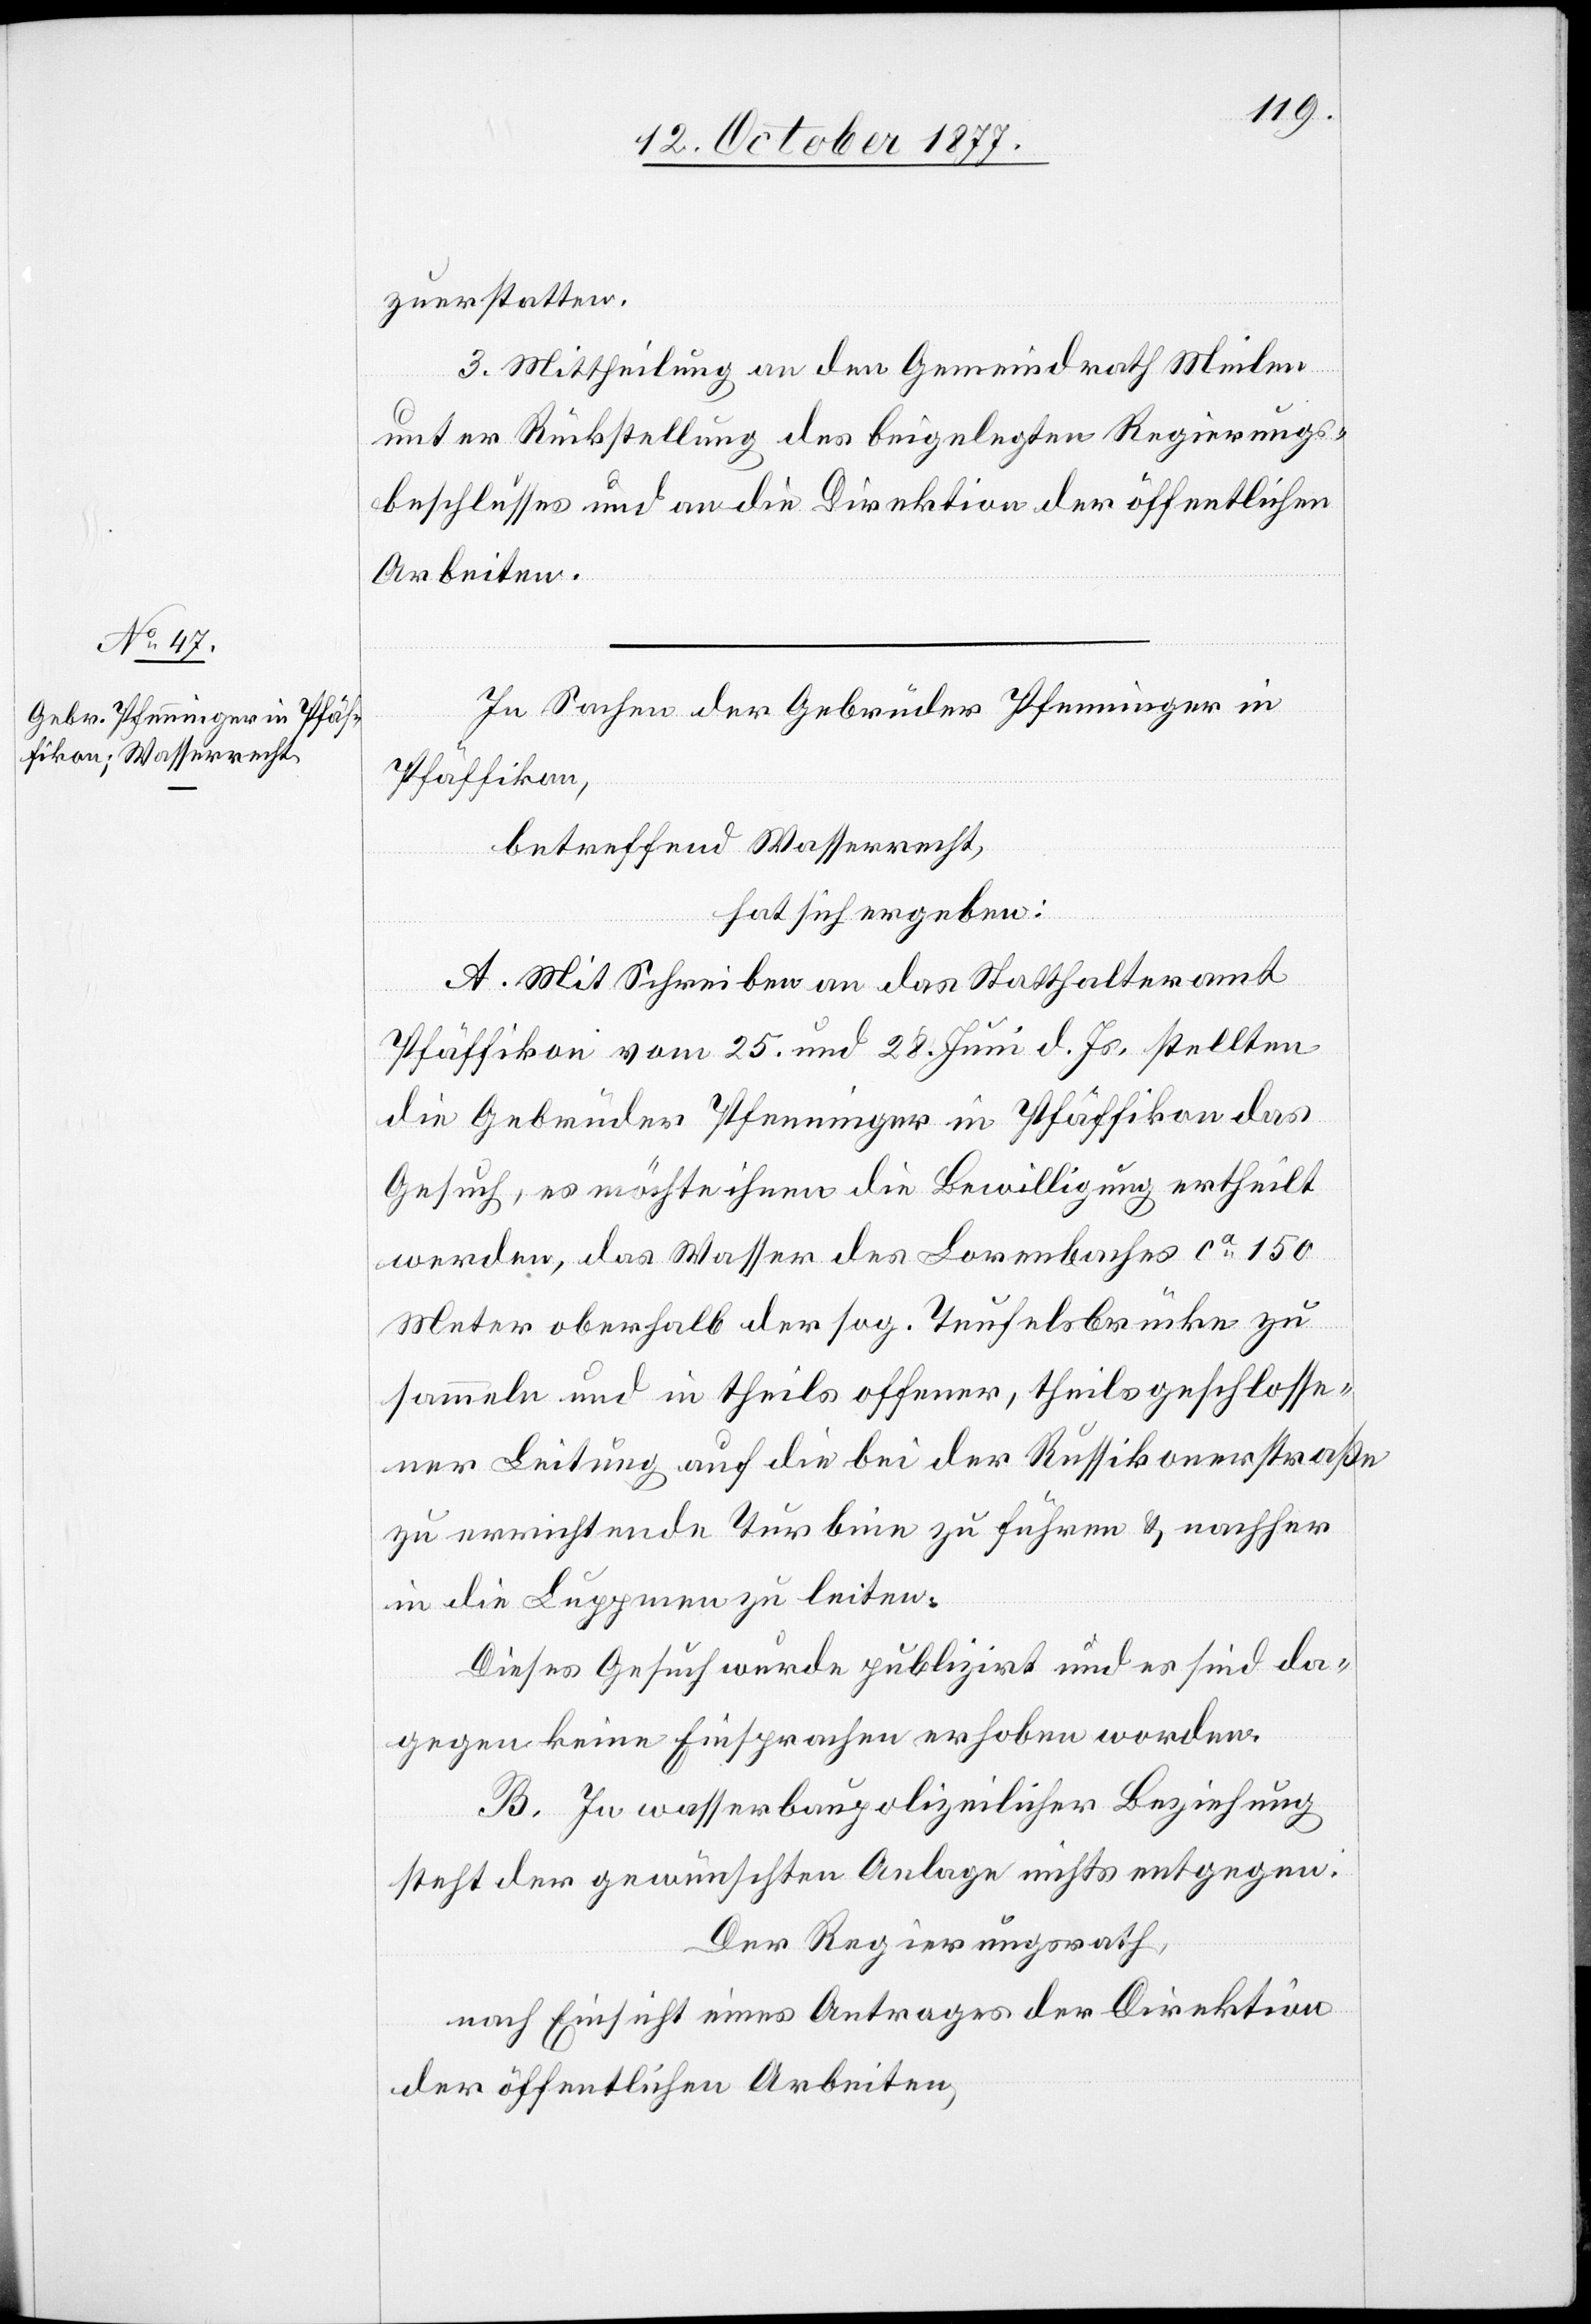
zuerstatten.
3. Mittheilung an den Gemeindrath Meilen
unter Rückstellung des beigelegten Regierungs¬
beschlusses und an die Direktion der öffentlichen
Arbeiten.
In Sachen der Gebrüder Pfenninger in
Pfäffikon,
betreffend Wasserrecht,
hat sich ergeben:
A. Mit Schreiben an das Statthalteramt
Pfäffikon vom 25. und 28. Juni d. Js. stellten
die Gebrüder Pfenninger in Pfäffikon das
Gesuch, es möchte ihnen die Bewilligung ertheilt
werden, das Wasser des Lorenbaches ca 150
Meter oberhalb der sog. Teufelsbrücke zu
sammeln und in theils offener, theils geschlosse¬
ner Leitung auf die bei der Russikonerstraße
zu errichtende Turbine zu führen & nachher
in die Luppmen zu leiten.
Dieses Gesuch wurde publizirt und es sind da¬
gegen keine Einsprachen erhoben worden.
B. In wasserbaupolizeilicher Beziehung
steht der gewünschten Anlage nichts entgegen.
Der Regierungsrath,
nach Einsicht eines Antrages der Direktion
der öffentlichen Arbeiten,